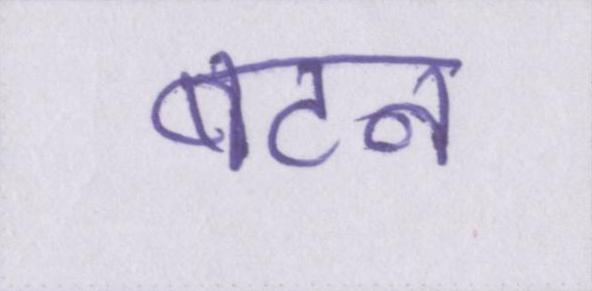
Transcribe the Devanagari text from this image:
बटन